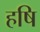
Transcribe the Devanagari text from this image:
हषि